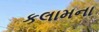
કલામના